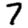
Digit: 7